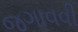
જગાવવી